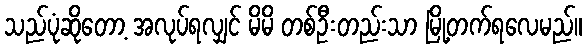
သည်ပုံဆိုတော့ အလုပ်ရလျှင် မိမိ တစ်ဦးတည်းသာ မြို့တက်ရလေမည်။